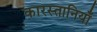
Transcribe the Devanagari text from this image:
कारस्तानियाँ